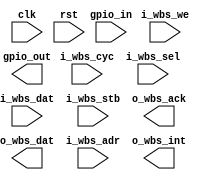
module wb_gpio#(
  parameter DEFAULT_INTERRUPT_MASK = 0,
  parameter DEFAULT_INTERRUPT_EDGE = 0
  )(
  input               clk,
  input               rst,

  //Add signals to control your device here

  //Wishbone Bus Signals
  input               i_wbs_we,
  input               i_wbs_cyc,
  input       [3:0]   i_wbs_sel,
  input       [31:0]  i_wbs_dat,
  input               i_wbs_stb,
  output  reg         o_wbs_ack,
  output  reg [31:0]  o_wbs_dat,
  input       [31:0]  i_wbs_adr,

  //This interrupt can be controlled from this module or a submodule
  output  reg         o_wbs_int,

  output      [34:32] gpio_out,
  input       [31:0]  gpio_in

);



localparam			GPIO			            =	32'h00000000;
localparam			GPIO_OUTPUT_ENABLE		=	32'h00000001;
localparam			INTERRUPTS		        =	32'h00000002;
localparam			INTERRUPT_ENABLE	    =	32'h00000003;
localparam			INTERRUPT_EDGE        =	32'h00000004;


//gpio registers
reg			[31:0]	gpio_direction;
wire    [31:0]  gpio;

//interrupt registers
reg			[31:0]	interrupts;
reg			[31:0]	interrupt_mask;
reg			[31:0]	interrupt_edge;
reg					    clear_interrupts;


endmodule